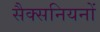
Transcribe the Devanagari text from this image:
सैक्सनियनों